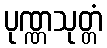
ပုဏ္ဏသုတ္တံ